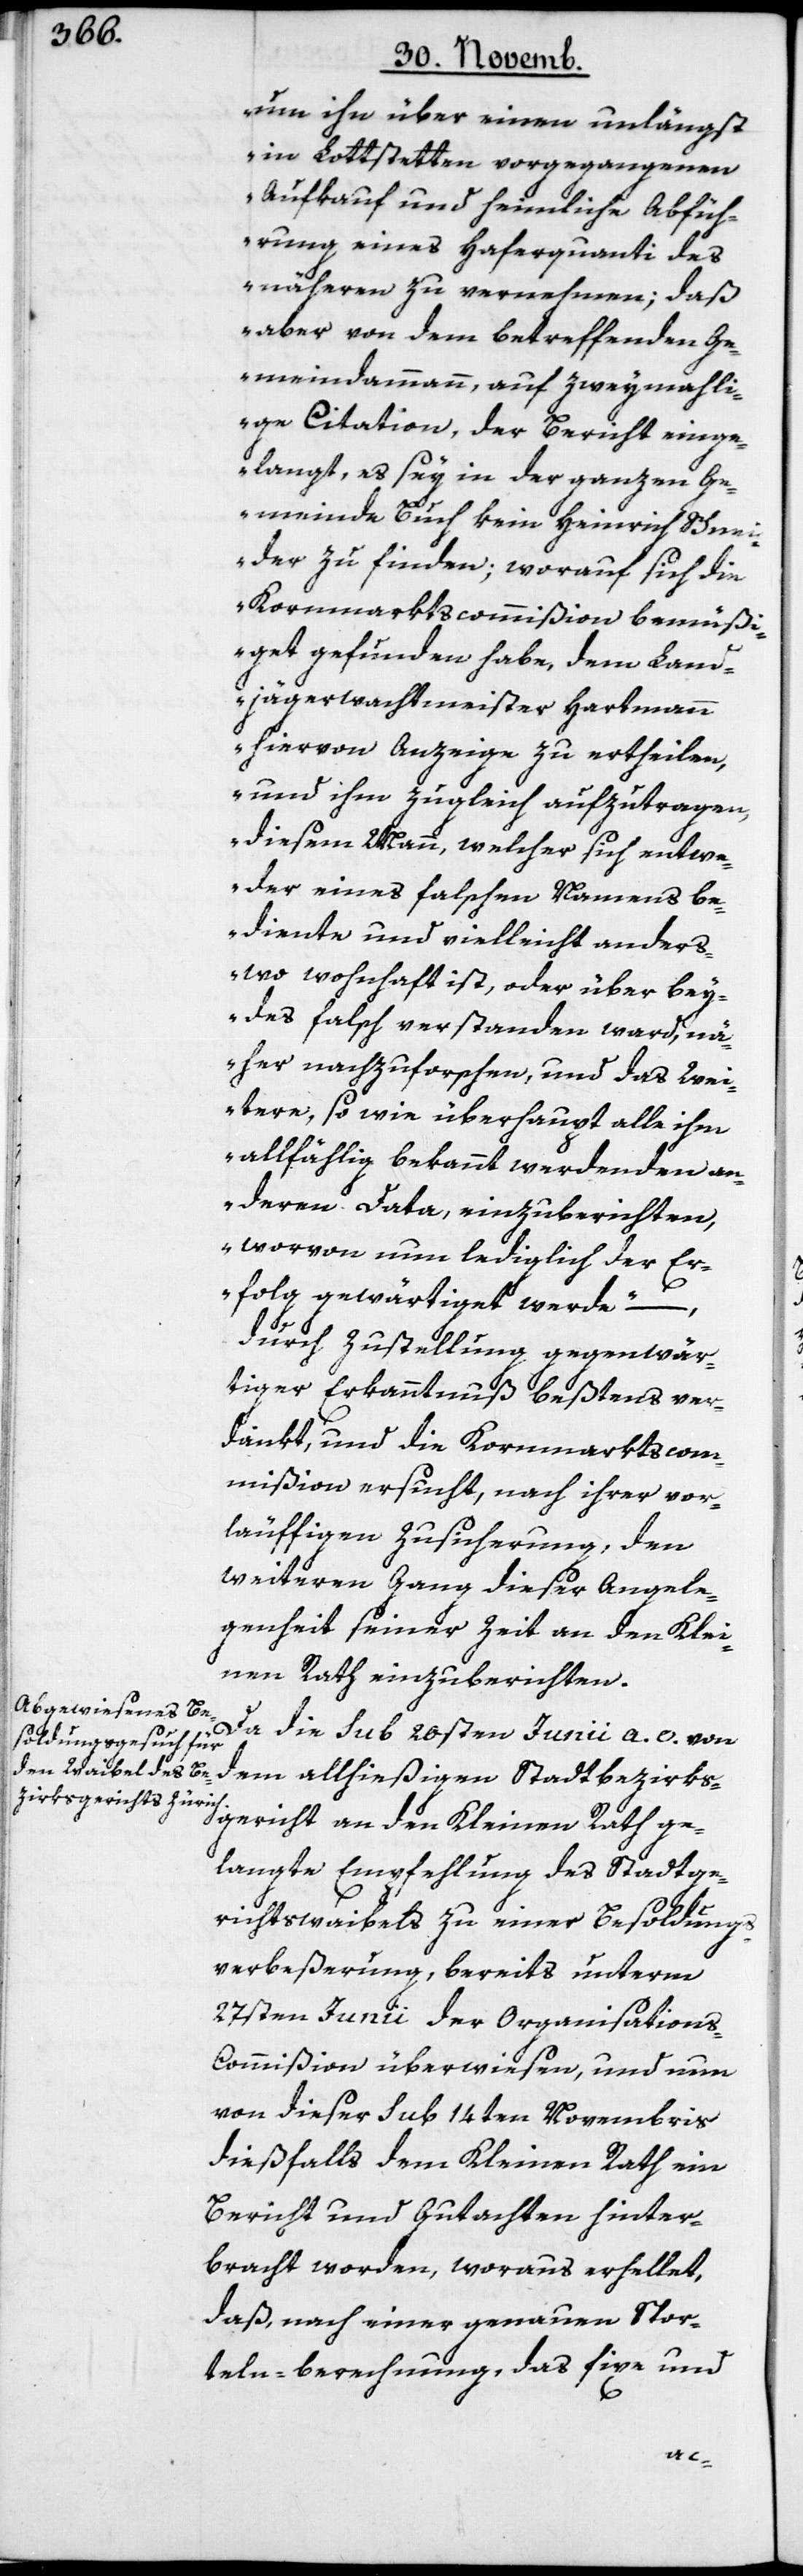
um ihn über einen unlängst
in Lottstetten vorgegangenen
Aufkauf und heimliche Abfüh¬
rung eines Haferquanti des
näheren zu vernehmen; daß
aber von dem betreffenden Ge¬
meindammann, auf zweymahli¬
ge Citation, der Bericht einge¬
langt, es sey in der ganzen Ge¬
meinde Buch kein Heinrich Schnei¬
der zu finden, worauf sich die
Kornmarktscommißion bemüßi¬
get gefunden habe, dem Land¬
jägerwachtmeister Hartmann
hiervon Anzeige zu ertheilen,
und ihm zugleich aufzutragen,
diesem Mann, welcher sich entwe¬
der eines falschen Namens be¬
diente und vielleicht anders¬
wo wohnhaft ist, oder über bey¬
des falsch verstanden ward, nä¬
her nachzuforschen, und das Wei¬
tere, sowie überhaupt alle ihm
allfählig bekannt werdenden an¬
deren Data, einzuberichten,
worvon nun lediglich der Er¬
folg gewärtiget werde“ –
durch Zustellung gegenwär¬
tiger Erkanntnuß beßtens ver¬
dankt, und die Kornmarktscom¬
mißion ersucht, nach ihrer vor¬
läuffigen Zusicherung, den
weiteren Gang dieser Angele¬
genheit seiner Zeit an den Klei¬
nen Rath einzuberichten.
Da die sub 20sten Junii a. c. von
dem allhießigen Stadtbezirks¬
gericht an den Kleinen Rath ge¬
langte Empfehlung des Stadtge¬
richtswaibels zu einer Besoldung¬
s-Verbeßerung, bereits unterm
27sten Junii der Organisation¬
s-Commißion überwiesen, und nun
von dieser sub 14ten Novembris
dießfalls dem Kleinen Rath ein
Bericht und Gutachten hinter¬
bracht worden, woraus erhellet,
daß nach einer genauen Spor¬
teln-berechnung, das fixe und